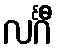
လင်္ဂီ